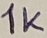
Text: 1K